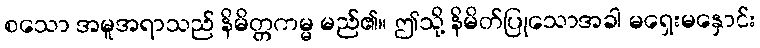
စသော အမူအရာသည် နိမိတ္တကမ္မ မည်၏။ ဤသို့ နိမိတ်ပြုသောအခါ မရှေးမနှောင်း